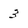
Character: 3